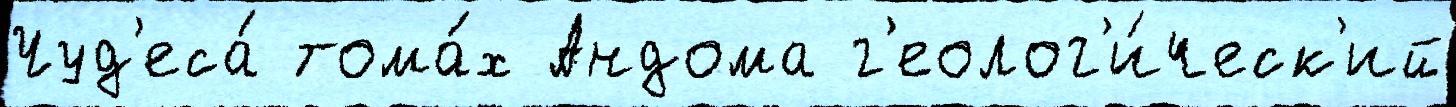
Чуд'еса́ тома́х Андома г'еолог'и́ческ'ий